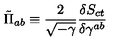
\tilde { \Pi } _ { a b } \equiv \frac { 2 } { \sqrt { - \gamma } } \frac { \delta S _ { c t } } { \delta \gamma ^ { a b } }